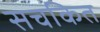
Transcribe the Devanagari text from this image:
सचकित